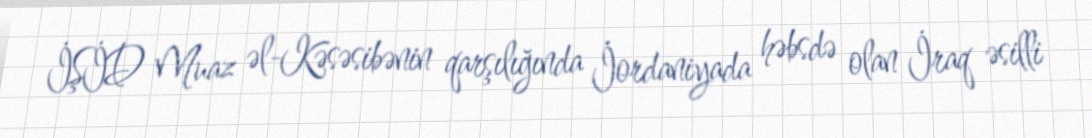
İŞİD Muaz əl-Kəsəsibənin qarşılığında İordaniyada həbsdə olan İraq əsilli